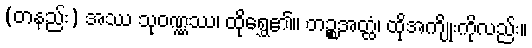
(တနည်း) အဿ သုဝဏ္ဏဿ၊ ထိုရွှေ၏။ တဉ္စအတ္ထံ၊ ထိုအကျိုးကိုလည်း။